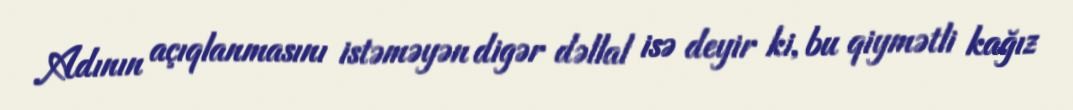
Adının açıqlanmasını istəməyən digər dəllal isə deyir ki, bu qiymətli kağız